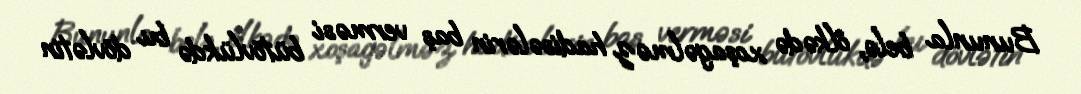
Bununla belə, ölkədə xoşagəlməz hadisələrin baş verməsi bütövlükdə bu dövlətin